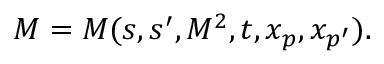
M = M ( s , s ^ { \prime } , { \cal M } ^ { 2 } , t , x _ { p } , x _ { p ^ { \prime } } ) .